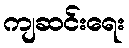
ကျဆင်းရေး